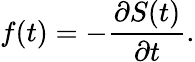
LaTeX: f(t)=-{\frac{\partial S(t)}{\partial t}}.